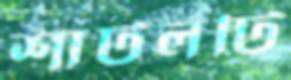
শাটলটি